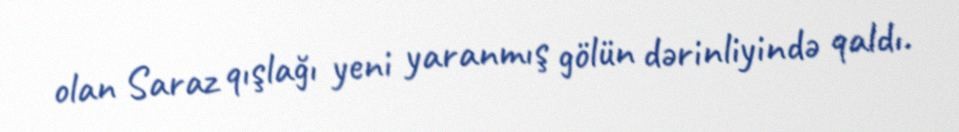
olan Saraz qışlağı yeni yaranmış gölün dərinliyində qaldı.